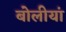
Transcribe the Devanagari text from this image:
बोलीयां